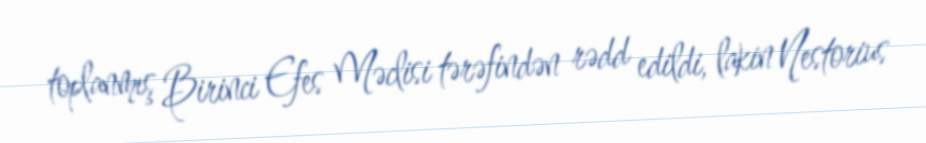
toplanmış Birinci Efes Məclisi tərəfindən rədd edildi, lakin Nestorius